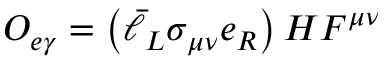
O _ { e \gamma } = \left( \bar { \ell } _ { L } \sigma _ { \mu \nu } e _ { R } \right) H F ^ { \mu \nu }